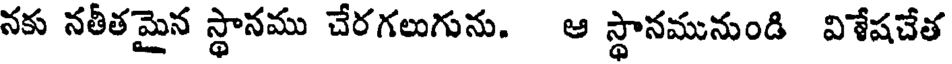
నకు నతీతమైన స్థానము చేరగలుగును. ఆ స్థానమునుండి విశేషచేత